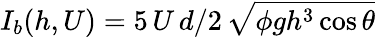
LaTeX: I_{b}(h,U)=5\, U\, d/2\, \sqrt{\phi gh^{3}\cos\theta}